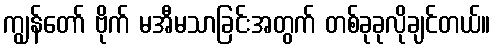
ကျွန်တော် ဗိုက် မအီမသာခြင်းအတွက် တစ်ခုခုလိုချင်တယ်။